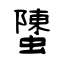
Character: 螴